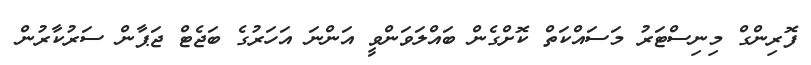
ފޮރިންގް މިނިސްޓަރު މަސައްކަތް ކޮށްގެން ބައްލަވަންވީ އަންނަ އަހަރުގެ ބަޖެޓް ޖަޕާން ސަރުކާރުން